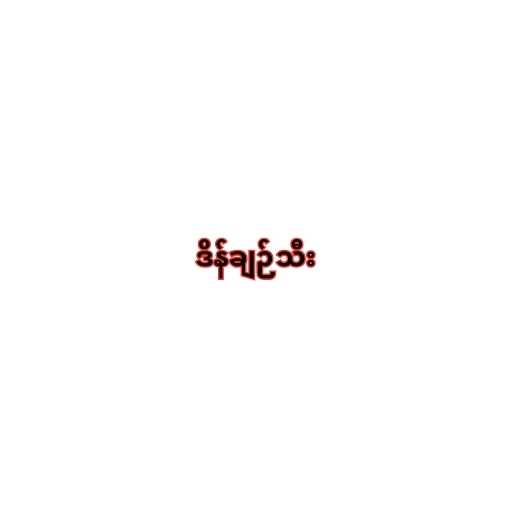
ဒိန်ချဉ်သီး